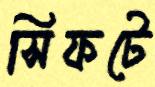
সিফটে